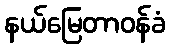
နယ်မြေတာဝန်ခံ